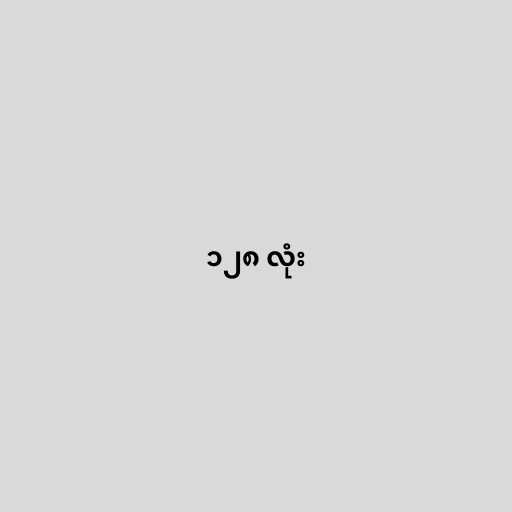
၁၂၈ လုံး